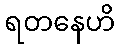
ရတနေဟိ